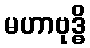
မဟာဗုဒ္ဓိ